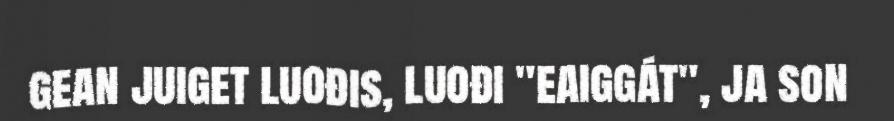
gean juiget luođis, luođi "eaiggát", ja son